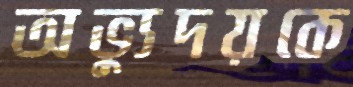
অভ্যুদয়কে